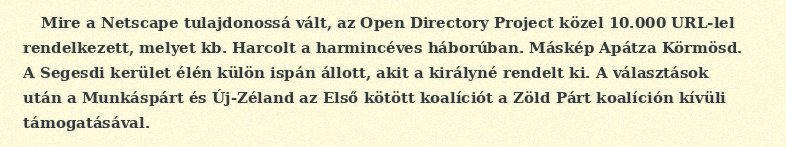
Mire a Netscape tulajdonossá vált, az Open Directory Project közel 10.000 URL-lel rendelkezett, melyet kb. Harcolt a harmincéves háborúban. Máskép Apátza Körmösd. A Segesdi kerület élén külön ispán állott, akit a királyné rendelt ki. A választások után a Munkáspárt és Új-Zéland az Első kötött koalíciót a Zöld Párt koalíción kívüli támogatásával.